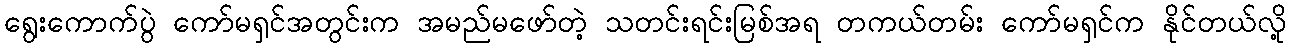
ရွေးကောက်ပွဲ ကော်မရှင်အတွင်းက အမည်မဖော်တဲ့ သတင်းရင်းမြစ်အရ တကယ်တမ်း ကော်မရှင်က နိုင်တယ်လို့